Annual statistical returns and brief notes on vaccination in Bengal - 1896-1909
Year: 1896
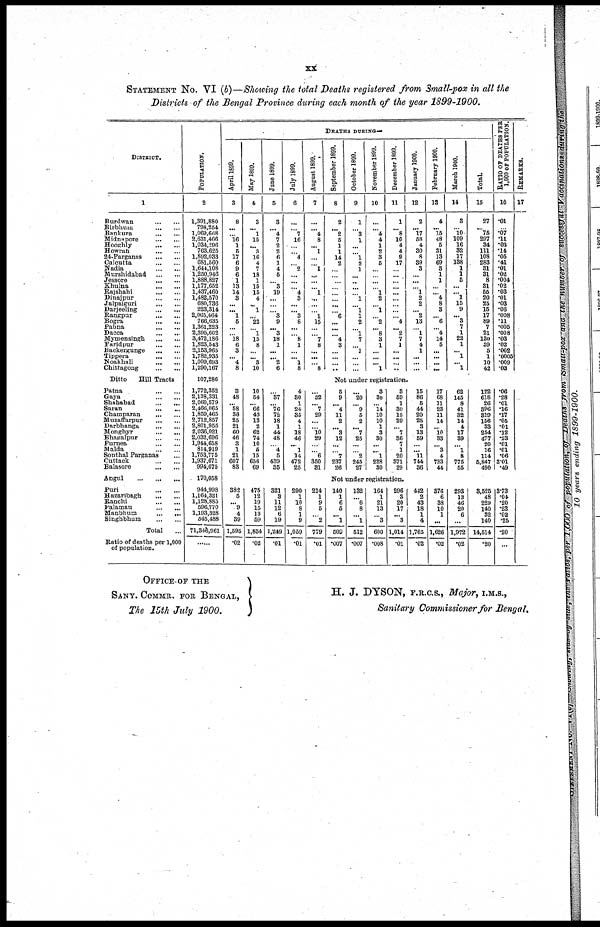
xx
STATEMENT No. VI (b)—Showing the total Deaths registered from Small-pox in all the
Districts of the Bengal Province during each month of the year 1899-1900.
DISTRICT.
1
Burdwan
...
...
Birbhum
...
...
Bankura
...
...
Midnapore
...
...
Hooghly
...
...
Howran
...
...
24-Parganas
...
...
Calcutta ... ...
Nadia
...
...
Murshidabad
...
...
Jessore
...
...
Khulna
...
...
Rajshahi
...
...
Dinajpur
...
...
Jalpaiguri
...
...
Darjeeling
...
...
Rangpur
...
...
Bogra
...
...
Pabna
...
...
Dacca
...
...
Mymensingh
...
...
Faridpur
...
...
Backergunge
...
...
Tippera
...
...
Noakhali
...
...
Chittagong
...
...
Ditto
Hill Tracts
Patna
...
...
Gaya
...
...
Shahabad
...
...
Saran ... ...
Champaran
...
...
Muzaffarpur
...
...
Darbhanga
...
...
Monghyr
...
...
Bhagalpur
...
...
Purnea
...
...
Malda
...
...
Sonthal Parganas ...
Cuttack
...
...
Balasore
...
...
Angul
...
...
Puri
...
...
Hazaribagh ... ...
Ranchi
...
...
Palamau
...
...
Manbhum
...
...
Singhbhum
...
...
Total ...
Ratio of deaths per 1,000
of population.
POPULATION.
2
1,391,880
798,264
1,069,668
2,631,466
1,034/296
763,625
1,892,033
681,660
1,644,108
1,250,946
1,888,827
1,177,652
1,437,460
1,482,570
680,736
223,314
2,605,464
766,635
1,361,223
2,395,602
3,472,186
1,823,543
2,153,965
1,782,935
1,009,693
1,290,167
107,286
1,772,352
2,138,331
2,060,579
2,466,065
1,859,465
2,712,857
2,801,955
2,036,021
2,032,696
1,944,658
814,919
1,753,775
1,937,671
994,675
170,058
944,998
1,164,321
1,128,885
596,770
1,193,328
645,488
71,346,961
......
DEATHS DURING—
April 1899.
3
8
...
...
16
1
5
17
6
9
6
1
13
14
3
...
... 1
5
...
...
18 6
3
... 4
8
May1899.
4
3
... 1
15
...
3
16
4
7
18
1
15
15
4
... 1
...
22
...
1
15
8
...
... 3
10
June 1899.
5
3
...
4
7
2
2
6
1
4
5
...
3
19
...
...
...
3
9
...
3
18
1
...
... 2
6
July 1899.
6
...
...
7
16
...
...
4
...
2
...
...
...
4
3
...
...
3
8
...
...
8
1
...
... 1
8
August 1899.
7
...
...
4
8
...
1
...
...
1
...
...
...
1
...
...
...
1
15
...
...
7
8
...
...
... 8
September 1899.
8
2
...
2
5
1
1
14
2
...
...
...
...
...
...
...
...
6
...
...
...
4
3
...
...
...
...
October 1899.
9
1
...
3 1
...
...
l
2
1
...
...
...
...
1
...
1
1
2
...
1
7
...
1
...
...
...
November 1899.
10
...
...
4
4
1
2
3
5
...
...
...
...
1
2
...
1
...
2
...
8
3
1
...
...
...
1
December 1899.
11
1
...
8
10
4
4
9
17
...
...
...
...
...
...
...
...
...
4
...
2
7
1
...
...
...
...
January 1900.
12
2
... 17
58
4
30
8
39
3
...
...
... 1
2
2
... 2
13
... 1
7
4
1
...
...
...
February 1900.
13
4
... 15
48
5
31
13
69
3
1
1
...
... 4
8
3
... 6
... 4
14
5
...
...
...
...
March 1900.
14
8
... 10
109
16
82
17
138
1
1
5
...
... 1
15
9
... 3
7
1
22
1
... 1
... 1
Total.
15
27
... 75
297
34
111
108
283
81
81
8
31
56
20
25
15
17
89
7
21
130
39
5
1
10
42
RATIO OF DEATHS PER
1,000 OF POPULATION.
16
.01
... .07
11
.03
.14
.05
.41
.01
.02
.004
.02
.03
.01
.03
.06
.008
.11
.005
.008
.03
.02
.002
.0005
.009
.03
REMARKS.
17
Not under registration.
3
48
... 58
36
25
21
60
46
3
1
21
607
83
10
54
... 66
43
13
2
62
74
10
5
15
656
69
...
37
... 76
72
18
1
44
48
...
4
5
439
35
4
30
1
24
35
4
1
18
46
...
1
14
472
25
...
30
... 7
29
...
...
10 29
...
...
6
350
31
5
9
...
4
11
2
...
8
12
...
...
7
237
26
...
20
...
9
5
2
...
7
25
...
...
2
245
27
3
30
...
14
10
10
1
3
30
...
...
1
228
30
3
59
1
30
15
29
... 7
36
7
1
20
371
29
15
86
5
44
20
25
3
13
59
...
... 11
744
36
17
68
11
23
11
14
... 10 88
... 3
4
723
44
62
145
8
41
32
14
4
17
39
... 1
8
775
65
122
618
26
396
319
156
88
254
477
20
16
114
5,847
490
.06
.28
.01
.16
17
.05
.01
.12
.23
.01
.01
.06
3.01
.49
Not under registration.
382
5
... 9
4
39
1,595
.02
475
12
19
15
13
59
1,834
.02
321
3
11
12
6
19
1,249
.01
290
1
10
8
1
9
1,059
.01
214
1
9
5
...
2
779
.01
140
1
6
5
...
1
509
.007
132
...
6
8
...
1
512
.007
164
1
21
13
...
3
600
.008
296
3
20
17
... 3
1,014
.01
442
2
43
18
1
4
1,765
.02
876
6
38
10
1
...
1,626
.02
293
13
46
20
6
...
1,972
.02
3,525
48
229
140
32
140
14,514
.20
3.73
.04
.20
.23
.02
.25
.20
...
OFFICE OF THE
SANY. COMMR. FOR BENGAL,
The 15th July 1900.
H. J. DYSON, F.R.C.S., Major, I.M.S.,
Sanitary Commissioner for Bengal.